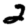
Digit: 2